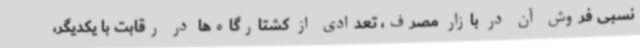
نسبی فروش آن در بازار مصرف، تعدادی از کشتارگاه‌ها در رقابت با یکدیگر،